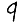
Digit: 9